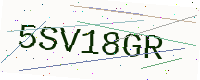
Text: 5SV18GR